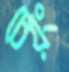
চেয়ং